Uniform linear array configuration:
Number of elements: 16
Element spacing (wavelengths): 0.5
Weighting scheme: uniform
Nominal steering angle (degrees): -45
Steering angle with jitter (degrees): -44.265
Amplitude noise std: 0.05
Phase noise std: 0.05

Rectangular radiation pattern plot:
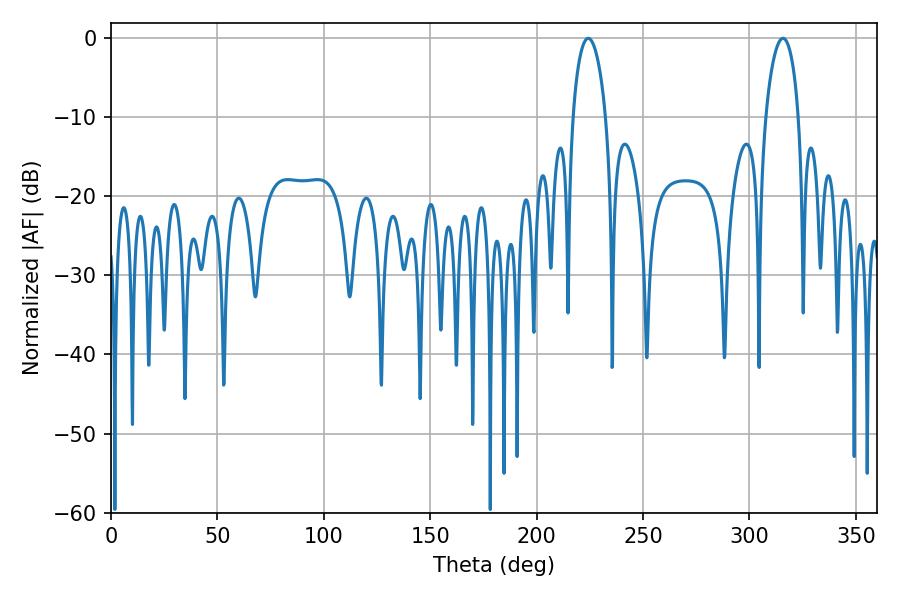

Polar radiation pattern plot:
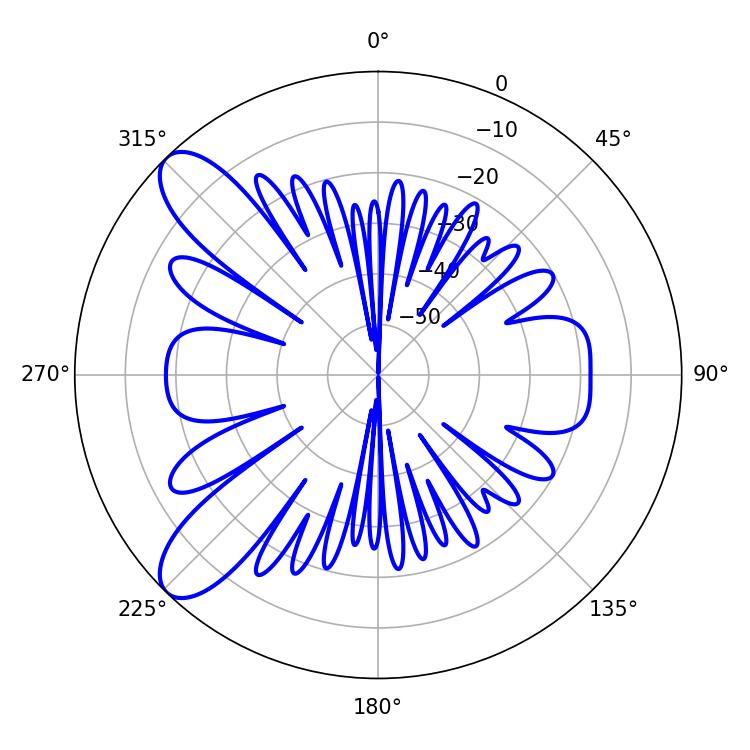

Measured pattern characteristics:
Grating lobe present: FALSE
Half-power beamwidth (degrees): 8.82
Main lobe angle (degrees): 224.28